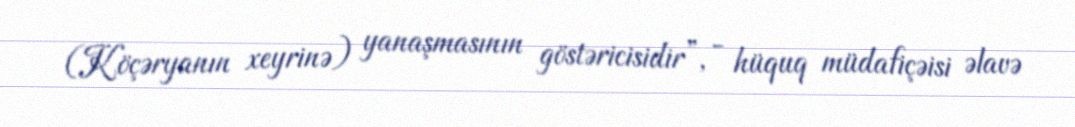
(Köçəryanın xeyrinə) yanaşmasının göstəricisidir”, - hüquq müdafiçəisi əlavə